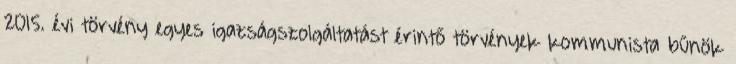
2015. évi törvény egyes igazságszolgáltatást érintő törvények kommunista bűnök